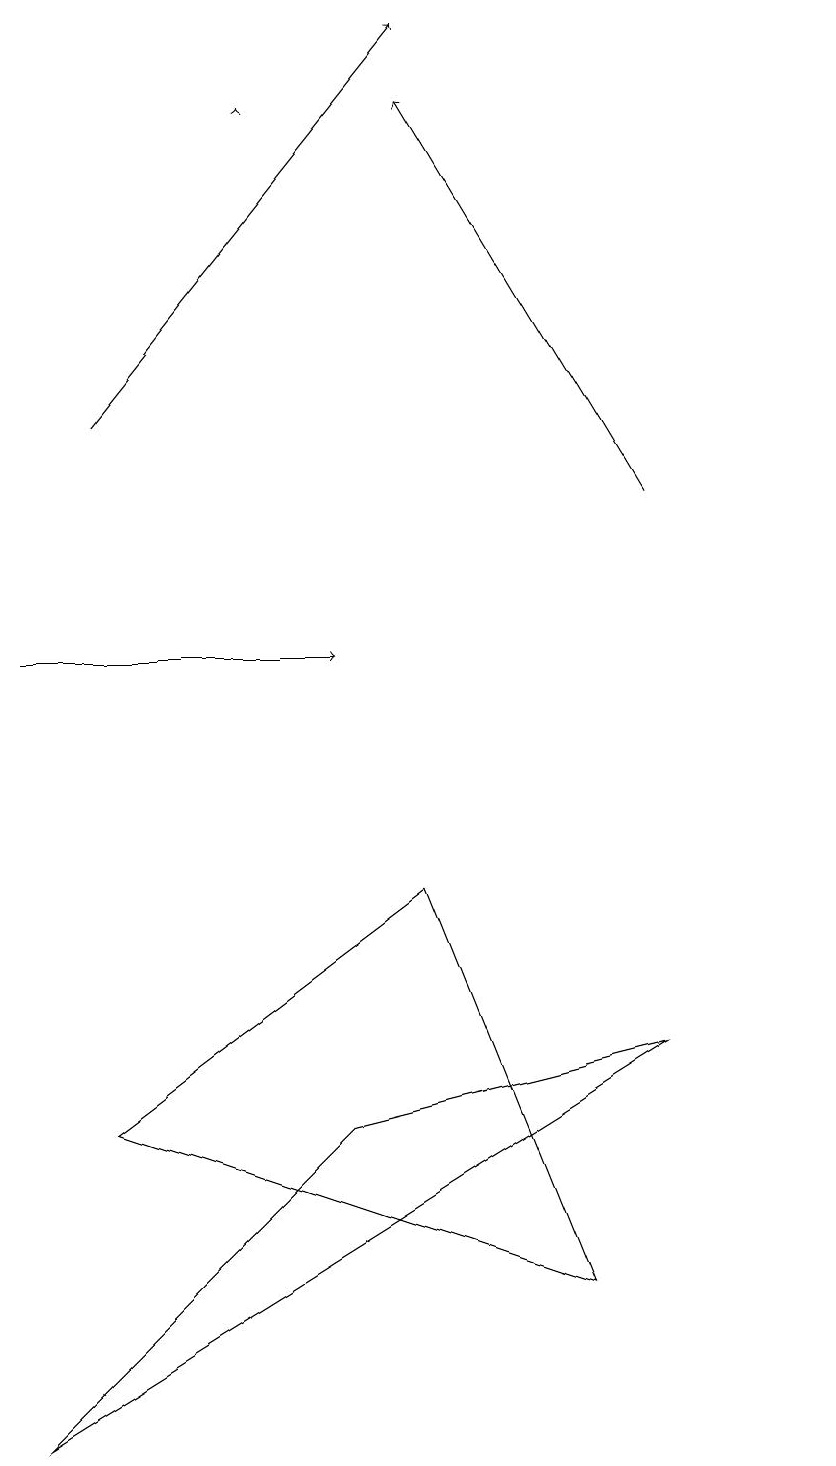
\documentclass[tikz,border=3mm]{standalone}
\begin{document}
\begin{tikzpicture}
\draw[->] (4,18) -- (4,18);
\draw (2,5) -- (8,3) -- (6,8) -- cycle;
\draw[->] (2,14) -- (6,19);
\draw (11,12) circle (0);
\draw[->] (9,13) -- (6,18);
\draw (5,5) -- (9,6) -- (1,1) -- cycle;
\draw[->] (1,11) -- (5,11);
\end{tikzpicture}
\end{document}